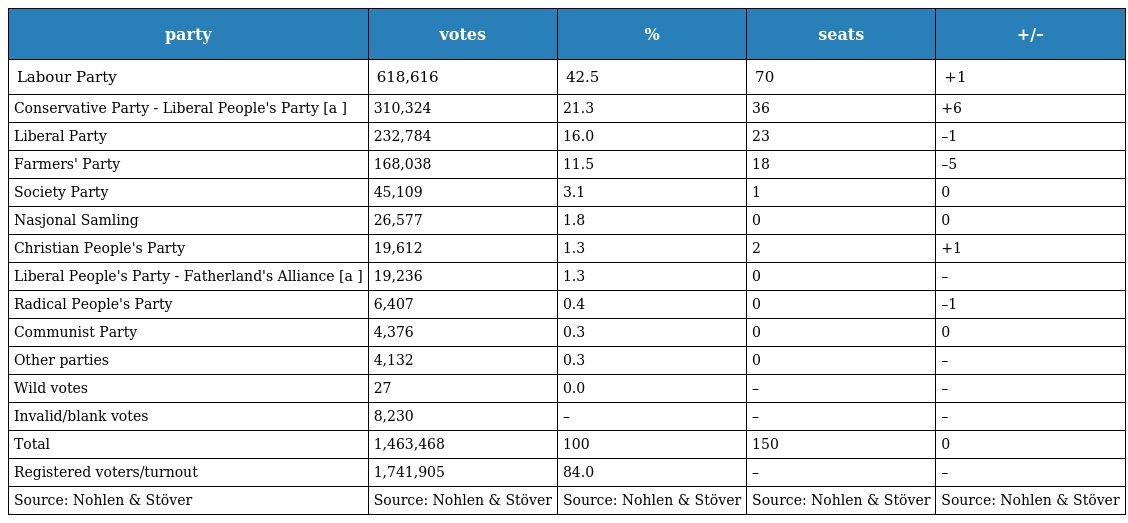
| party | votes | % | seats | +/– |
 | --- | --- | --- | --- | --- |
 | Labour Party | 618,616 | 42.5 | 70 | +1 |
 | Conservative Party - Liberal People's Party [a ] | 310,324 | 21.3 | 36 | +6 |
 | Liberal Party | 232,784 | 16.0 | 23 | –1 |
 | Farmers' Party | 168,038 | 11.5 | 18 | –5 |
 | Society Party | 45,109 | 3.1 | 1 | 0 |
 | Nasjonal Samling | 26,577 | 1.8 | 0 | 0 |
 | Christian People's Party | 19,612 | 1.3 | 2 | +1 |
 | Liberal People's Party - Fatherland's Alliance [a ] | 19,236 | 1.3 | 0 | – |
 | Radical People's Party | 6,407 | 0.4 | 0 | –1 |
 | Communist Party | 4,376 | 0.3 | 0 | 0 |
 | Other parties | 4,132 | 0.3 | 0 | – |
 | Wild votes | 27 | 0.0 | – | – |
 | Invalid/blank votes | 8,230 | – | – | – |
 | Total | 1,463,468 | 100 | 150 | 0 |
 | Registered voters/turnout | 1,741,905 | 84.0 | – | – |
 | Source: Nohlen & Stöver | Source: Nohlen & Stöver | Source: Nohlen & Stöver | Source: Nohlen & Stöver | Source: Nohlen & Stöver |